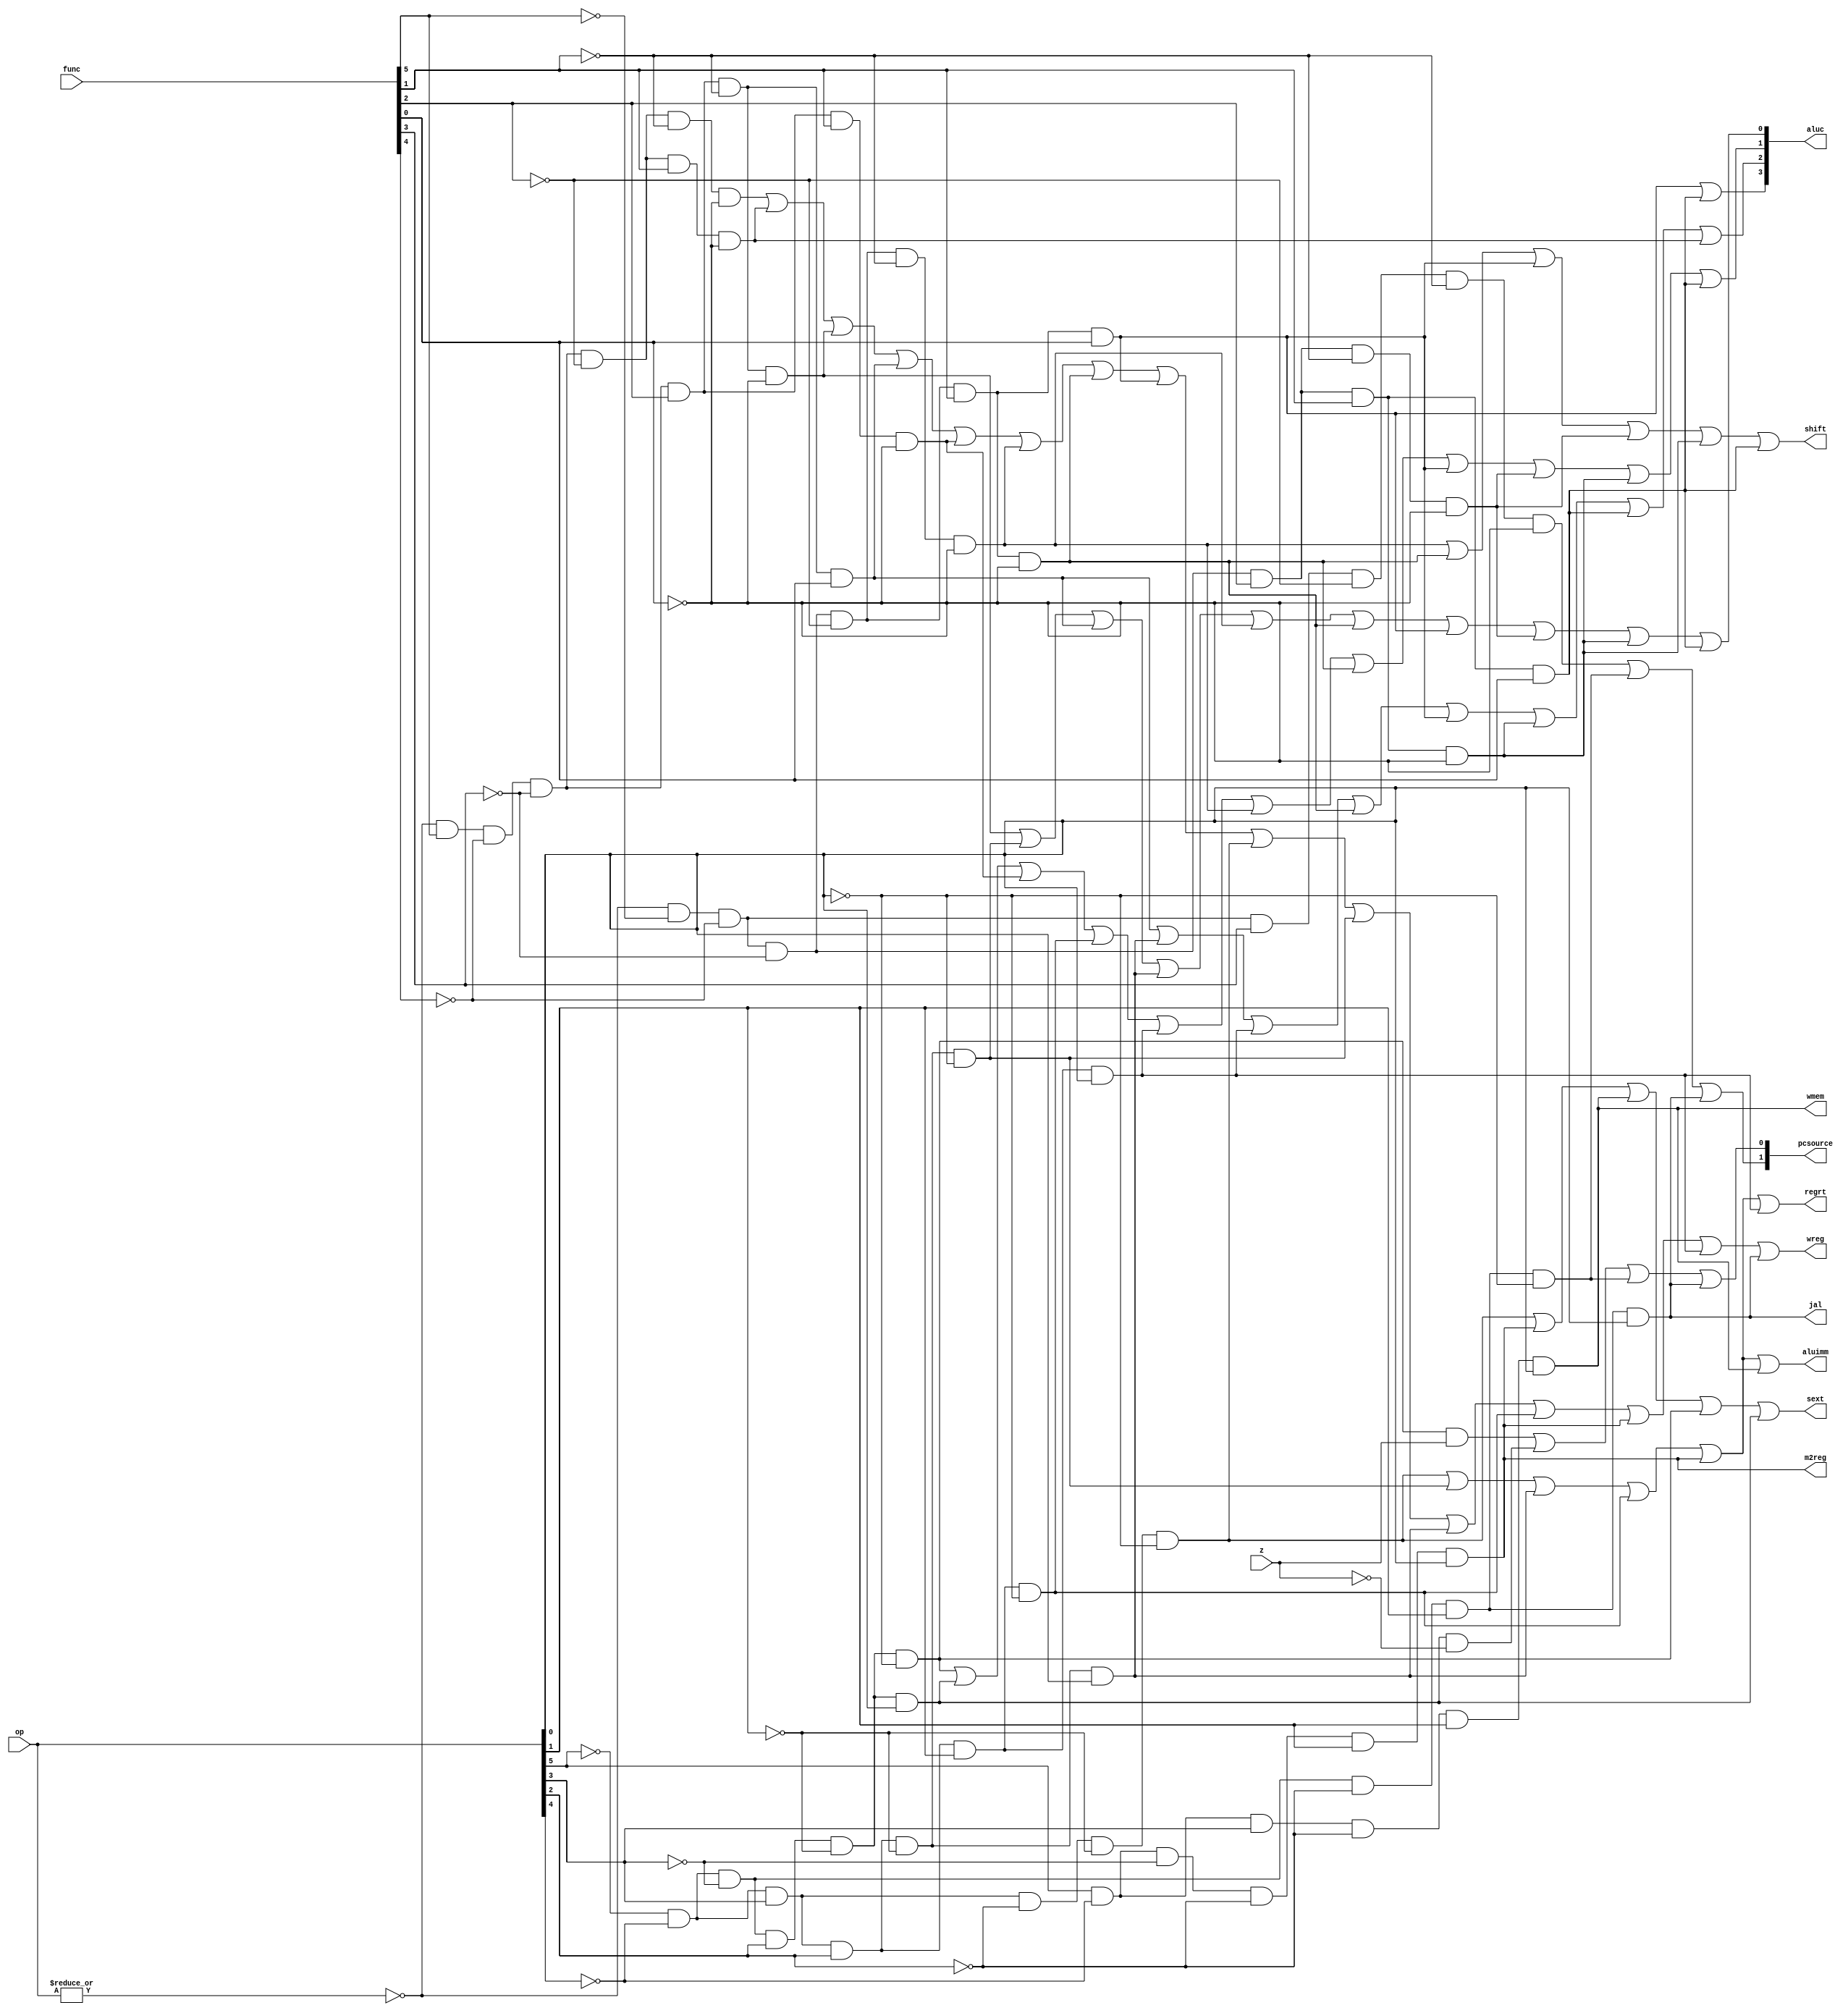
module pipecu (op, func, z, wmem, wreg, regrt, m2reg, aluc, shift,
              aluimm, pcsource, jal, sext);
   input  [5:0] op,func;
   input        z;
   output       wreg,regrt,jal,m2reg,shift,aluimm,sext,wmem;
   output [3:0] aluc;
   output [1:0] pcsource;
   wire r_type = ~|op;
   wire i_add = r_type & func[5] & ~func[4] & ~func[3] &
                ~func[2] & ~func[1] & ~func[0];          //100000
   wire i_sub = r_type & func[5] & ~func[4] & ~func[3] &
                ~func[2] &  func[1] & ~func[0];          //100010
      
   //  please complete the deleted code.
   
   wire i_and =  r_type & func[5] & ~func[4] & ~func[3] & func[2] & 
                ~func[1] & ~func[0]; //100100
   wire i_or  =  r_type & func[5] & ~func[4] & ~func[3] & func[2] & 
                ~func[1] & func[0]; //100101

   wire i_xor =  r_type & func[5] & ~func[4] & ~func[3] & func[2] & 
                func[1] & ~func[0]; //100110
   wire i_sll =  r_type & ~func[5] & ~func[4] & ~func[3] & ~func[2] &
                ~func[1] & ~func[0]; //000000
   wire i_srl = r_type & ~func[5] & ~func[4] & ~func[3] & ~func[2] &
                func[1] & ~func[0]; //000010
   wire i_sra = r_type & ~func[5] & ~func[4] & ~func[3] & ~func[2] &
                func[1] & func[0]; //000011
   wire i_jr  = r_type & ~func[5] & ~func[4] & func[3] & ~func[2] &
                ~func[1] & ~func[0]; //001000
   wire i_sllv = r_type & ~func[5] & ~func[4] & ~func[3] & func[2] &
                ~func[1] & ~func[0];//000100
   wire i_srlv = r_type & ~func[5] & ~func[4] & ~func[3] & func[2] &
                func[1] & ~func[0];//000110
   wire i_srav = r_type & ~func[5] & ~func[4] & ~func[3] & func[2] &
                func[1] & func[0];//000111
  
   //Note: here, op[i] instead of func[i].
   wire i_addi = ~op[5] & ~op[4] &  op[3] & ~op[2] & ~op[1] & ~op[0]; //001000
   wire i_andi = ~op[5] & ~op[4] &  op[3] &  op[2] & ~op[1] & ~op[0]; //001100
   
   wire i_ori  = ~op[5] & ~op[4] &  op[3] &  op[2] & ~op[1] & op[0]; //001101
   wire i_xori = ~op[5] & ~op[4] &  op[3] &  op[2] & op[1] & ~op[0]; //001110
   wire i_lw   = op[5] & ~op[4] &  ~op[3] &  ~op[2] & op[1] & op[0]; //100011
   wire i_sw   = op[5] & ~op[4] &  op[3] &  ~op[2] & op[1] & op[0]; //101011
   wire i_beq  = ~op[5] & ~op[4] &  ~op[3] & op[2] & ~op[1] & ~op[0]; //000100
   wire i_bne  = ~op[5] & ~op[4] &  ~op[3] & op[2] & ~op[1] & op[0]; //000101
   wire i_lui  = ~op[5] & ~op[4] &  op[3] & op[2] & op[1] & op[0]; //001111
   wire i_j    = ~op[5] & ~op[4] &  ~op[3] & ~op[2] & op[1] & ~op[0]; //000010
   wire i_jal  = ~op[5] & ~op[4] &  ~op[3] & ~op[2] & op[1] & op[0]; //000011
   
  
   assign pcsource[1] = i_jr | i_j | i_jal;
   assign pcsource[0] = ( i_beq & z ) | (i_bne & ~z) | i_j | i_jal ;
   
   assign wreg = i_add | i_sub | i_and | i_or   | i_xor  |
                 i_sll | i_srl | i_sra | i_addi | i_andi |
                 i_ori | i_xori | i_lw | i_lui  | i_jal;
   
   //aluc +:0000, -:x100 and:x001 or:x101 xor:x010 lui: x110 sll:0011 srl:0111 sra:1111
   //Note: bne, beq == xor, sllv=sll, srlv=srl, srav=sra;
   assign aluc[3] = i_sra | i_srav;
   assign aluc[2] = i_or | i_ori | i_lui | i_srl | i_sra | i_srlv | i_srav | i_sub;
   assign aluc[1] = i_beq | i_bne | i_xor | i_xori | i_lui | i_sll | i_srl | i_sra | i_sllv | i_srlv | i_srav;
   assign aluc[0] = i_and | i_andi | i_or | i_ori | i_sll | i_srl | i_sra | i_sllv | i_srlv | i_srav;
   assign shift   = i_sll | i_srl | i_sra | i_sllv | i_srlv | i_srav ;

   assign aluimm  = i_addi | i_andi | i_ori | i_xori | i_lw | i_sw; // All I-type(except LUI?). J-type is processed individually.
   assign sext    = i_addi | i_lw | i_sw | i_beq | i_bne;//arithmetic I-type(NOTE logical unnecessary)
   assign wmem    = i_sw;
   assign m2reg   = i_lw;
   //rd = rt
   assign regrt   = i_addi | i_andi | i_ori | i_xori | i_lw | i_lui;
   assign jal     = i_jal;

endmodule